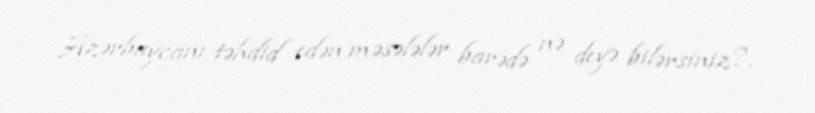
Azərbaycanı təhdid edən məsələlər barədə nə deyə bilərsiniz?.